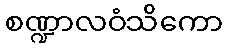
စဏ္ဍာလဝံသိကော